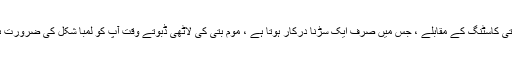
موم بتی کاسٹنگ کے مقابلے ، جس میں صرف ایک سڑنا درکار ہوتا ہے ، موم بتی کی لاٹھی ڈبوتے وقت آپ کو لمبا شکل کی ضرورت ہوگی۔